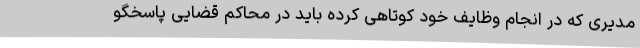
مدیری که در انجام وظایف خود کوتاهی کرده باید در محاکم قضایی پاسخگو